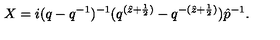
X = i ( q - q ^ { - 1 } ) ^ { - 1 } ( q ^ { ( \hat { z } + \frac { 1 } { 2 } ) } - q ^ { - ( \hat { z } + \frac { 1 } { 2 } ) } ) \hat { p } ^ { - 1 } .